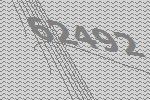
62492